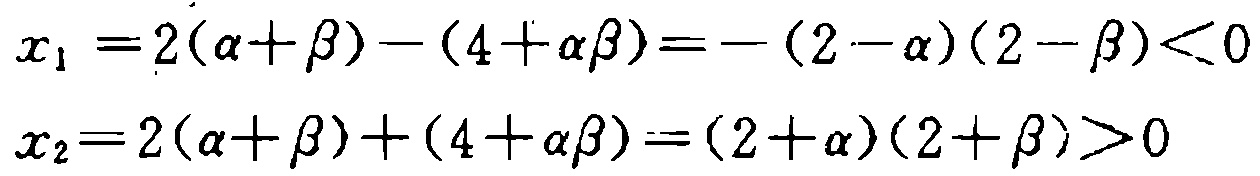
\[
\begin{align*}
x_{1}&=2(\alpha +\beta)-(4 + \alpha\beta)=-(2 - \alpha)(2 - \beta)<0\\
x_{2}&=2(\alpha +\beta)+(4 + \alpha\beta)=(2 + \alpha)(2 + \beta)>0
\end{align*}
\]